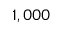
1 , 0 0 0